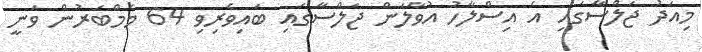
މިއަދު ޖަލްސާގައި އެ އިސްލާހު އުވާލަން ޖަލްސާގައި ބައިވެރިވި 64 މެމްބަރުން ވަނީ